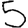
Digit: 5